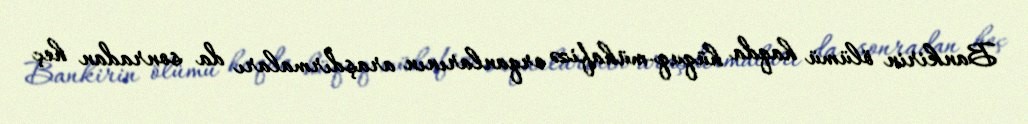
Bankirin ölümü haqda hüquq-mühafizə orqanlarının araşdırmaları da sonradan heç